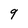
Character: 9